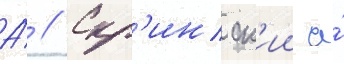
А́ // Скр'инск'ии а́